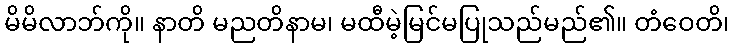
မိမိလာဘ်ကို။ နာတိ မညတိနာမ၊ မထီမဲ့မြင်မပြုသည်မည်၏။ တံဝေတိ၊